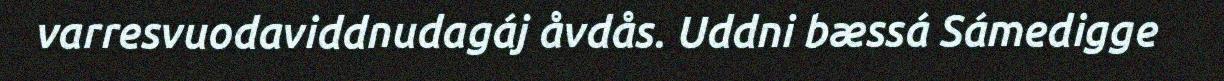
varresvuodaviddnudagáj åvdås. Uddni bæssá Sámedigge